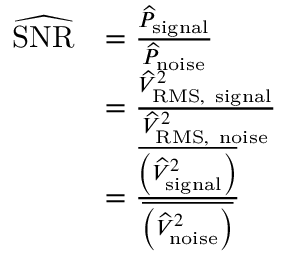
\begin{array} { r l } { \widehat { \mathrm { S N R } } } & { = \frac { \widehat { P } _ { \mathrm { s i g n a l } } } { \widehat { P } _ { \mathrm { n o i s e } } } } \\ & { = \frac { \widehat { V } _ { \mathrm { R M S , ~ s i g n a l } } ^ { 2 } } { \widehat { V } _ { \mathrm { R M S , ~ n o i s e } } ^ { 2 } } } \\ & { = \frac { \overline { { \left( \widehat { V } _ { \mathrm { s i g n a l } } ^ { 2 } \right) } } } { \overline { { \left( \widehat { V } _ { \mathrm { n o i s e } } ^ { 2 } \right) } } } } \end{array}